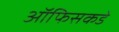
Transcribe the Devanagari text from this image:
ऑफिसकडे